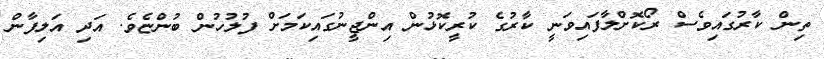
ތިން ކާރުގައިވެސް ރޯކޮށްލާފައިވަނީ ކާރުގެ ކުރީކޮޅުން އިންޖީނުގައިކަމަށް ފުލުހުން ބުންޏެވެ. އަދި އަލިފާން